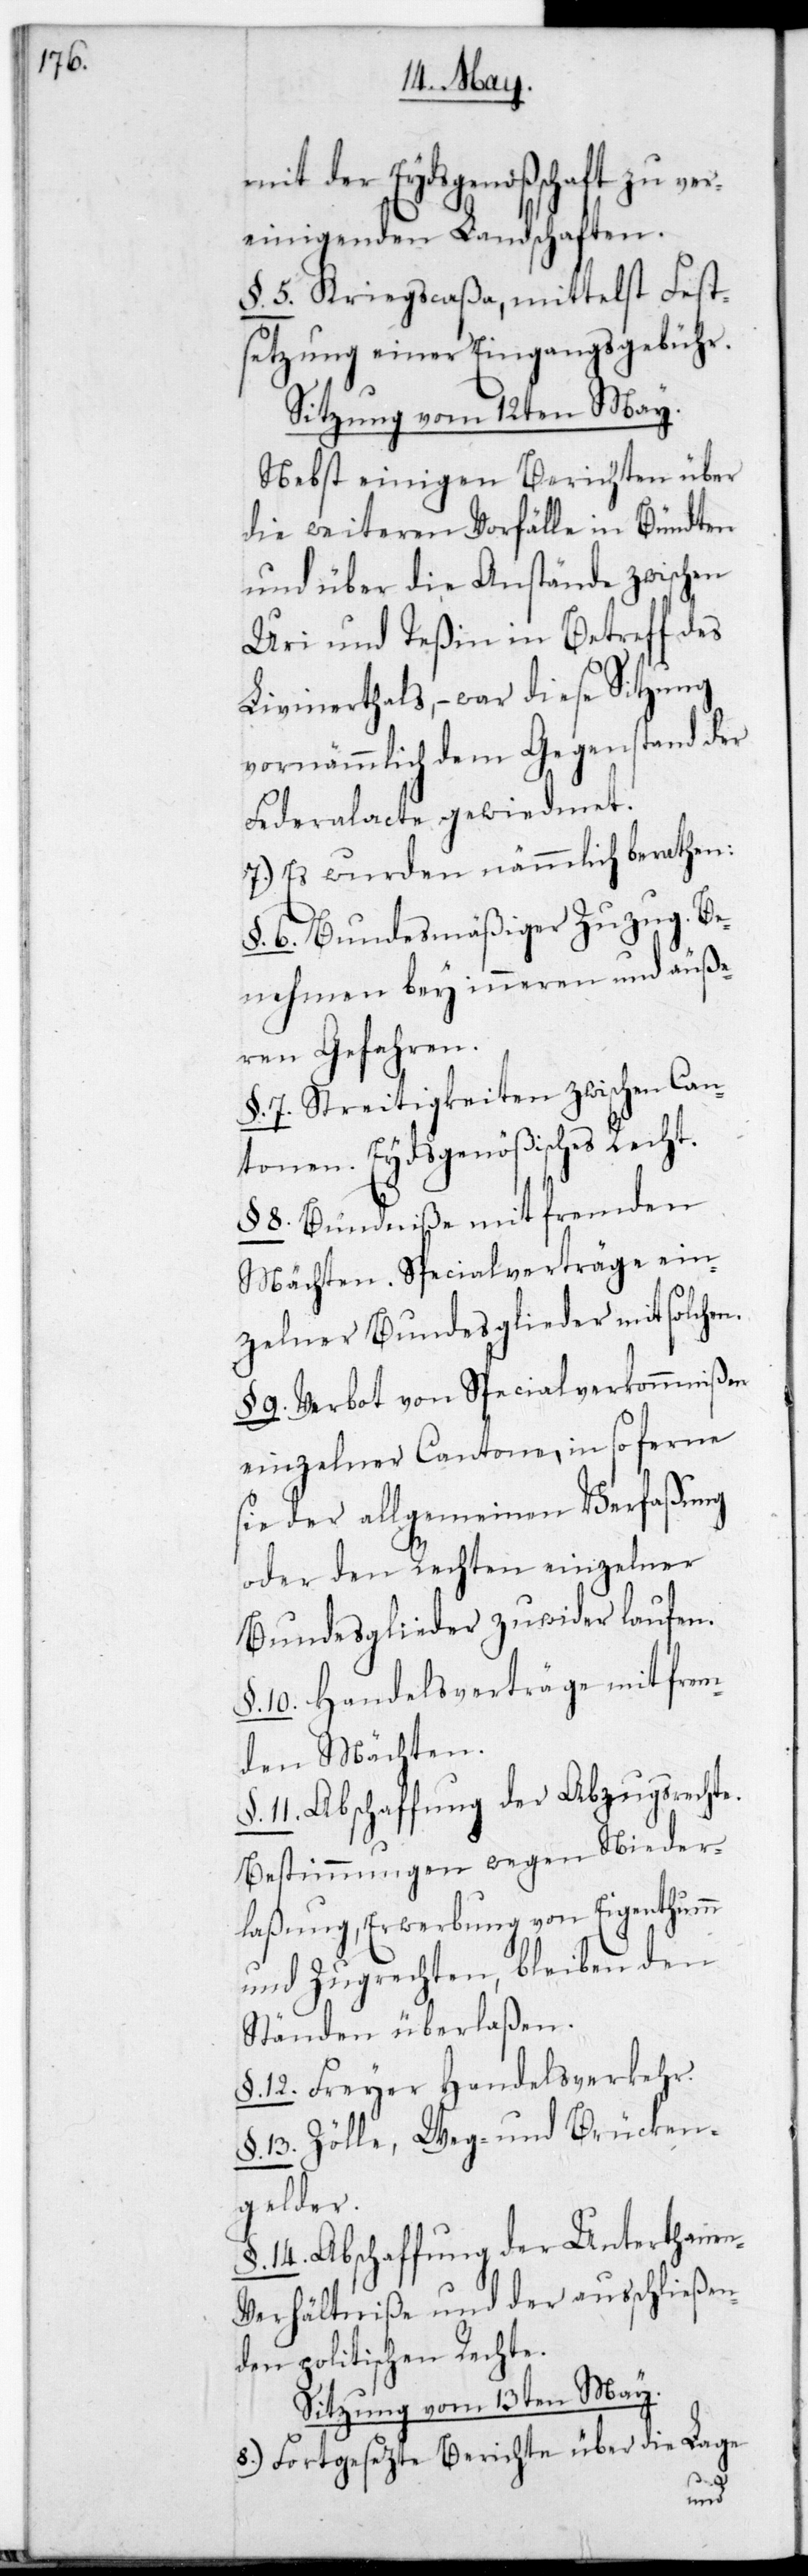
mit der Eydsgenoßenschaft zu
vereinigenden Landschaften.
§. 5. Kriegscaßa, mittelst Fest¬
setzung einer Eingangsgebühr.
Sitzung vom 12ten May.
Nebst einigen Berichten über
die weiteren Vorfälle in Bündten
und über die Anstände zwischen
Uri und Teßin in Betreff des
Livinerthals, – war diese Sitzung
vornehmlich dem Gegenstand der
Federalacte gewidmet.
7.) Es wurden nämmlich berathen:
§. 6. Bundesmäßiger Zuzug, Be¬
nehmen bey inneren und äuße¬
ren Gefahren.
§. 7. Streitigkeiten zwischen Can¬
tonen, Eydsgenößisches Recht.
§. 8. Bündniße mit fremden
Mächten, Specialverträge ein¬
zelner Bundesglieder mit solchen.
§. 9. Verbot von Specialverkommnißen
einzelner Cantone, in so ferne
sie der allgemeinen Verfaßung
oder den Rechten einzelner
Bundesglieder zuwider laufen.
§. 10. Handelsverträge mit frem¬
den Mächten.
§. 11. Abschaffung der Abzugsrechte,
Bestimmungen wegen Nieder¬
laßung, Erwerbung von Eigenthum
und Zugrechten, bleiben den
Ständen überlaßen.
§. 12. freier Handelsverkehr.
§. 13. Zölle, Weg- und Brücken¬
gelder.
§. 14. Abschaffung der Unterthanen¬
verhältniße und der ausschließen¬
den politischen Rechte.
Sitzung vom 13ten May.
8.) Fortgesezte Berichte über die Lage